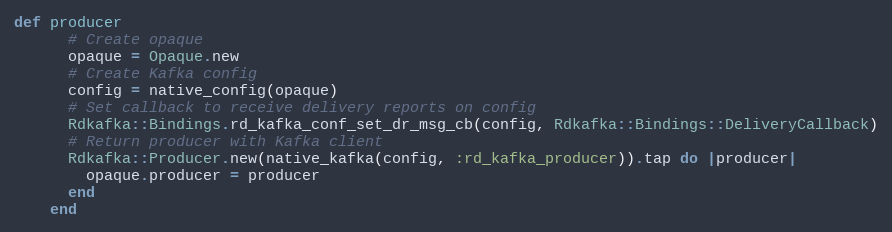
Language: Ruby
def producer
      # Create opaque
      opaque = Opaque.new
      # Create Kafka config
      config = native_config(opaque)
      # Set callback to receive delivery reports on config
      Rdkafka::Bindings.rd_kafka_conf_set_dr_msg_cb(config, Rdkafka::Bindings::DeliveryCallback)
      # Return producer with Kafka client
      Rdkafka::Producer.new(native_kafka(config, :rd_kafka_producer)).tap do |producer|
        opaque.producer = producer
      end
    end